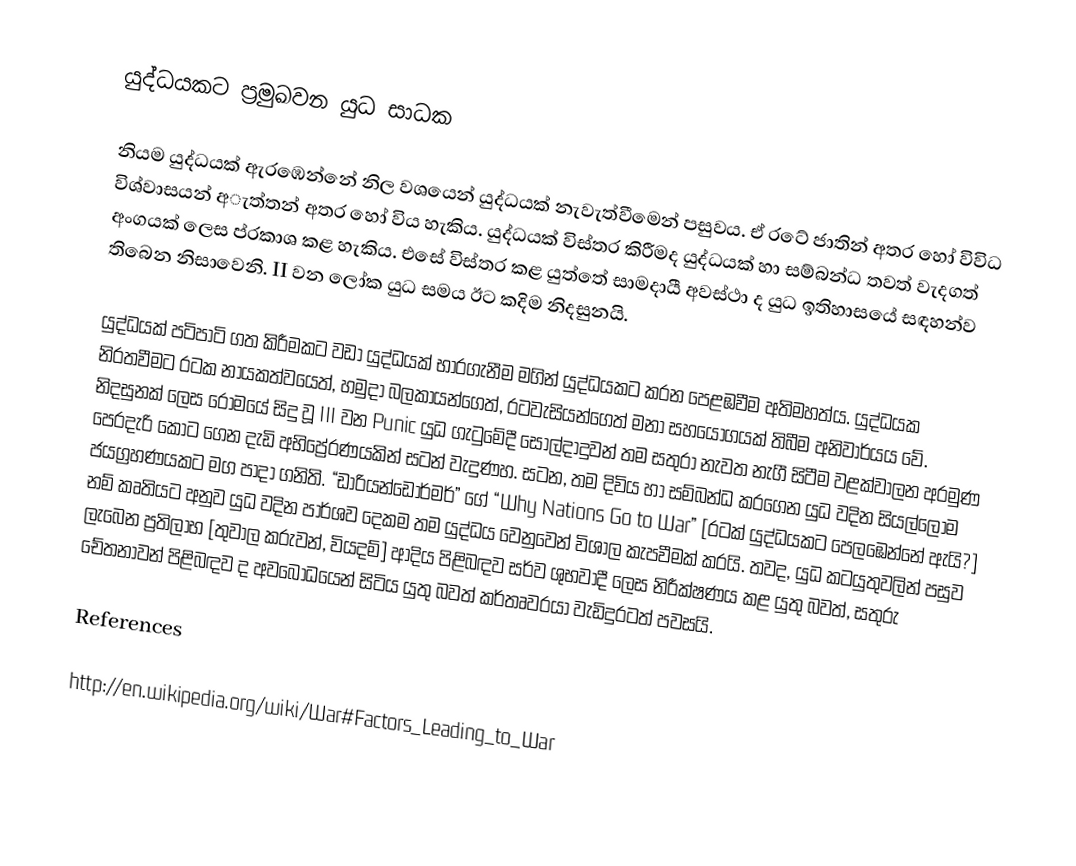
යුද්ධයකට ප්‍රමුඛවන යුධ සාධක

නියම යුද්ධයක් ඇරඹෙන්නේ නිල වශයෙන් යුද්ධයක් නැවැත්වීමෙන් පසුවය. ඒ රටේ ජාතින් අතර හෝ විවිධ විශ්වාසයන් අැත්තන් අතර හෝ විය හැකිය. යුද්ධයක් විස්තර කිරීමද යුද්ධයක් හා සම්බන්ධ තවත් වැදගත් අංගයක් ලෙස ප්රකාශ කළ හැකිය. එසේ විස්තර කළ යුත්තේ සාමදායී අවස්ථා ද යුධ ඉතිහාසයේ සඳහන්ව තිබෙන නිසාවෙනි. II වන ලෝක යුධ සමය ඊට කදිම නිදසුනයි.

යුද්ධයක් පටිපාටි ගත කිරීමකට වඩා යුද්ධයක් භාරගැනීම මගින් යුද්ධයකට කරන පෙළඹවීම අතිමහත්ය. යුද්ධයක නිරතවීමට රටක නායකත්වයෙත්, හමුදා බලකායන්ගෙත්, රටවැසියන්ගෙත් මනා සහයෝගයක් තිබීම අනිවාර්යය වේ. නිදසුනක් ලෙස රෝමයේ සිදු වූ III වන Punic යුධ ගැටුමේදී සොල්දාදුවන් තම සතුරා නැවත නැගී සිටීම වළක්වාලන අරමුණ පෙරදැරි කොට ගෙන දැඩි අභිප්‍රේරණයකින් සටන් වැදුණහ. සටන, තම දිවිය හා සම්බන්ධ කරගෙන යුධ වදින සියල්ලෝම ජයග්‍රහණයකට මග පාදා ගනිති. “ඩාරියන්ඩෝර්මර්” ගේ “Why Nations Go to War” [රටක් යුද්ධයකට පෙලඹෙන්නේ ඇයි?] නම් කෘතියට අනුව යුධ වදින පාර්ශව දෙකම තම යුද්ධය වෙනුවෙන් විශාල කැපවීමක් කරයි. තවද, යුධ කටයුතුවලින් පසුව ලැබෙන ප්‍රතිලාභ [තුවාල කරුවන්, වියදම්] ආදිය පිළිබඳව සර්ව ශුභවාදී ලෙස නිරීක්ෂණය කළ යුතු බවත්, සතුරු චේතනාවන් පිළිබඳව ද අව‍බෝධයෙන් සිටිය යුතු බවත් කර්තෘවරයා වැඩිදුරටත් පවසයි.

References

http://en.wikipedia.org/wiki/War#Factors_Leading_to_War